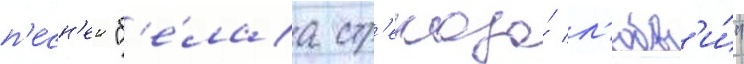
п'есн'еи "б'е́лаа стр'екоза́ л'юбв'и́"